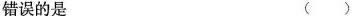
错误的是 （）